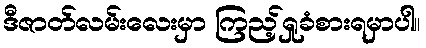
ဒီဇာတ်လမ်းလေးမှာ ကြည့်ရှုခံစားရမှာပါ။